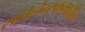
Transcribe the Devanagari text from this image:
स्मोलेन्स्कमधील